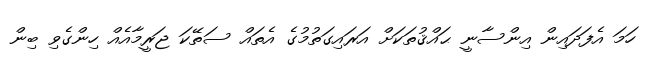
ހަމަ އެފަދައިން އިންސާނީ ޙައްޤުތަކަށް އަރައިގަތުމުގެ އެތައް ސަތޭކަ ޖަރީމާއެއް ހިންގެވި ބިން